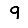
Digit: 9